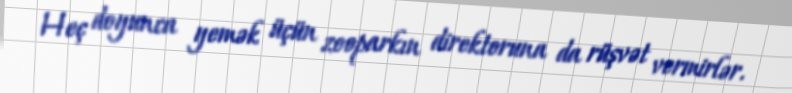
Heç doyunca yemək üçün zooparkın direktoruna da rüşvət vermirlər.